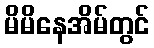
မိမိနေအိမ်တွင်